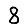
Digit: 8